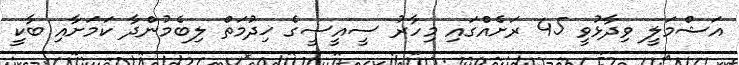
އަޝްމަލީ ވިދާޅުވީ 45 ރަށެއްގައި މިހާރު ސީއީސީގެ ޚިދުމަތް ލިބެމުންދާ ކަމަށާއި ބާކީ